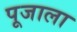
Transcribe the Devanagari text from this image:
पूजाला